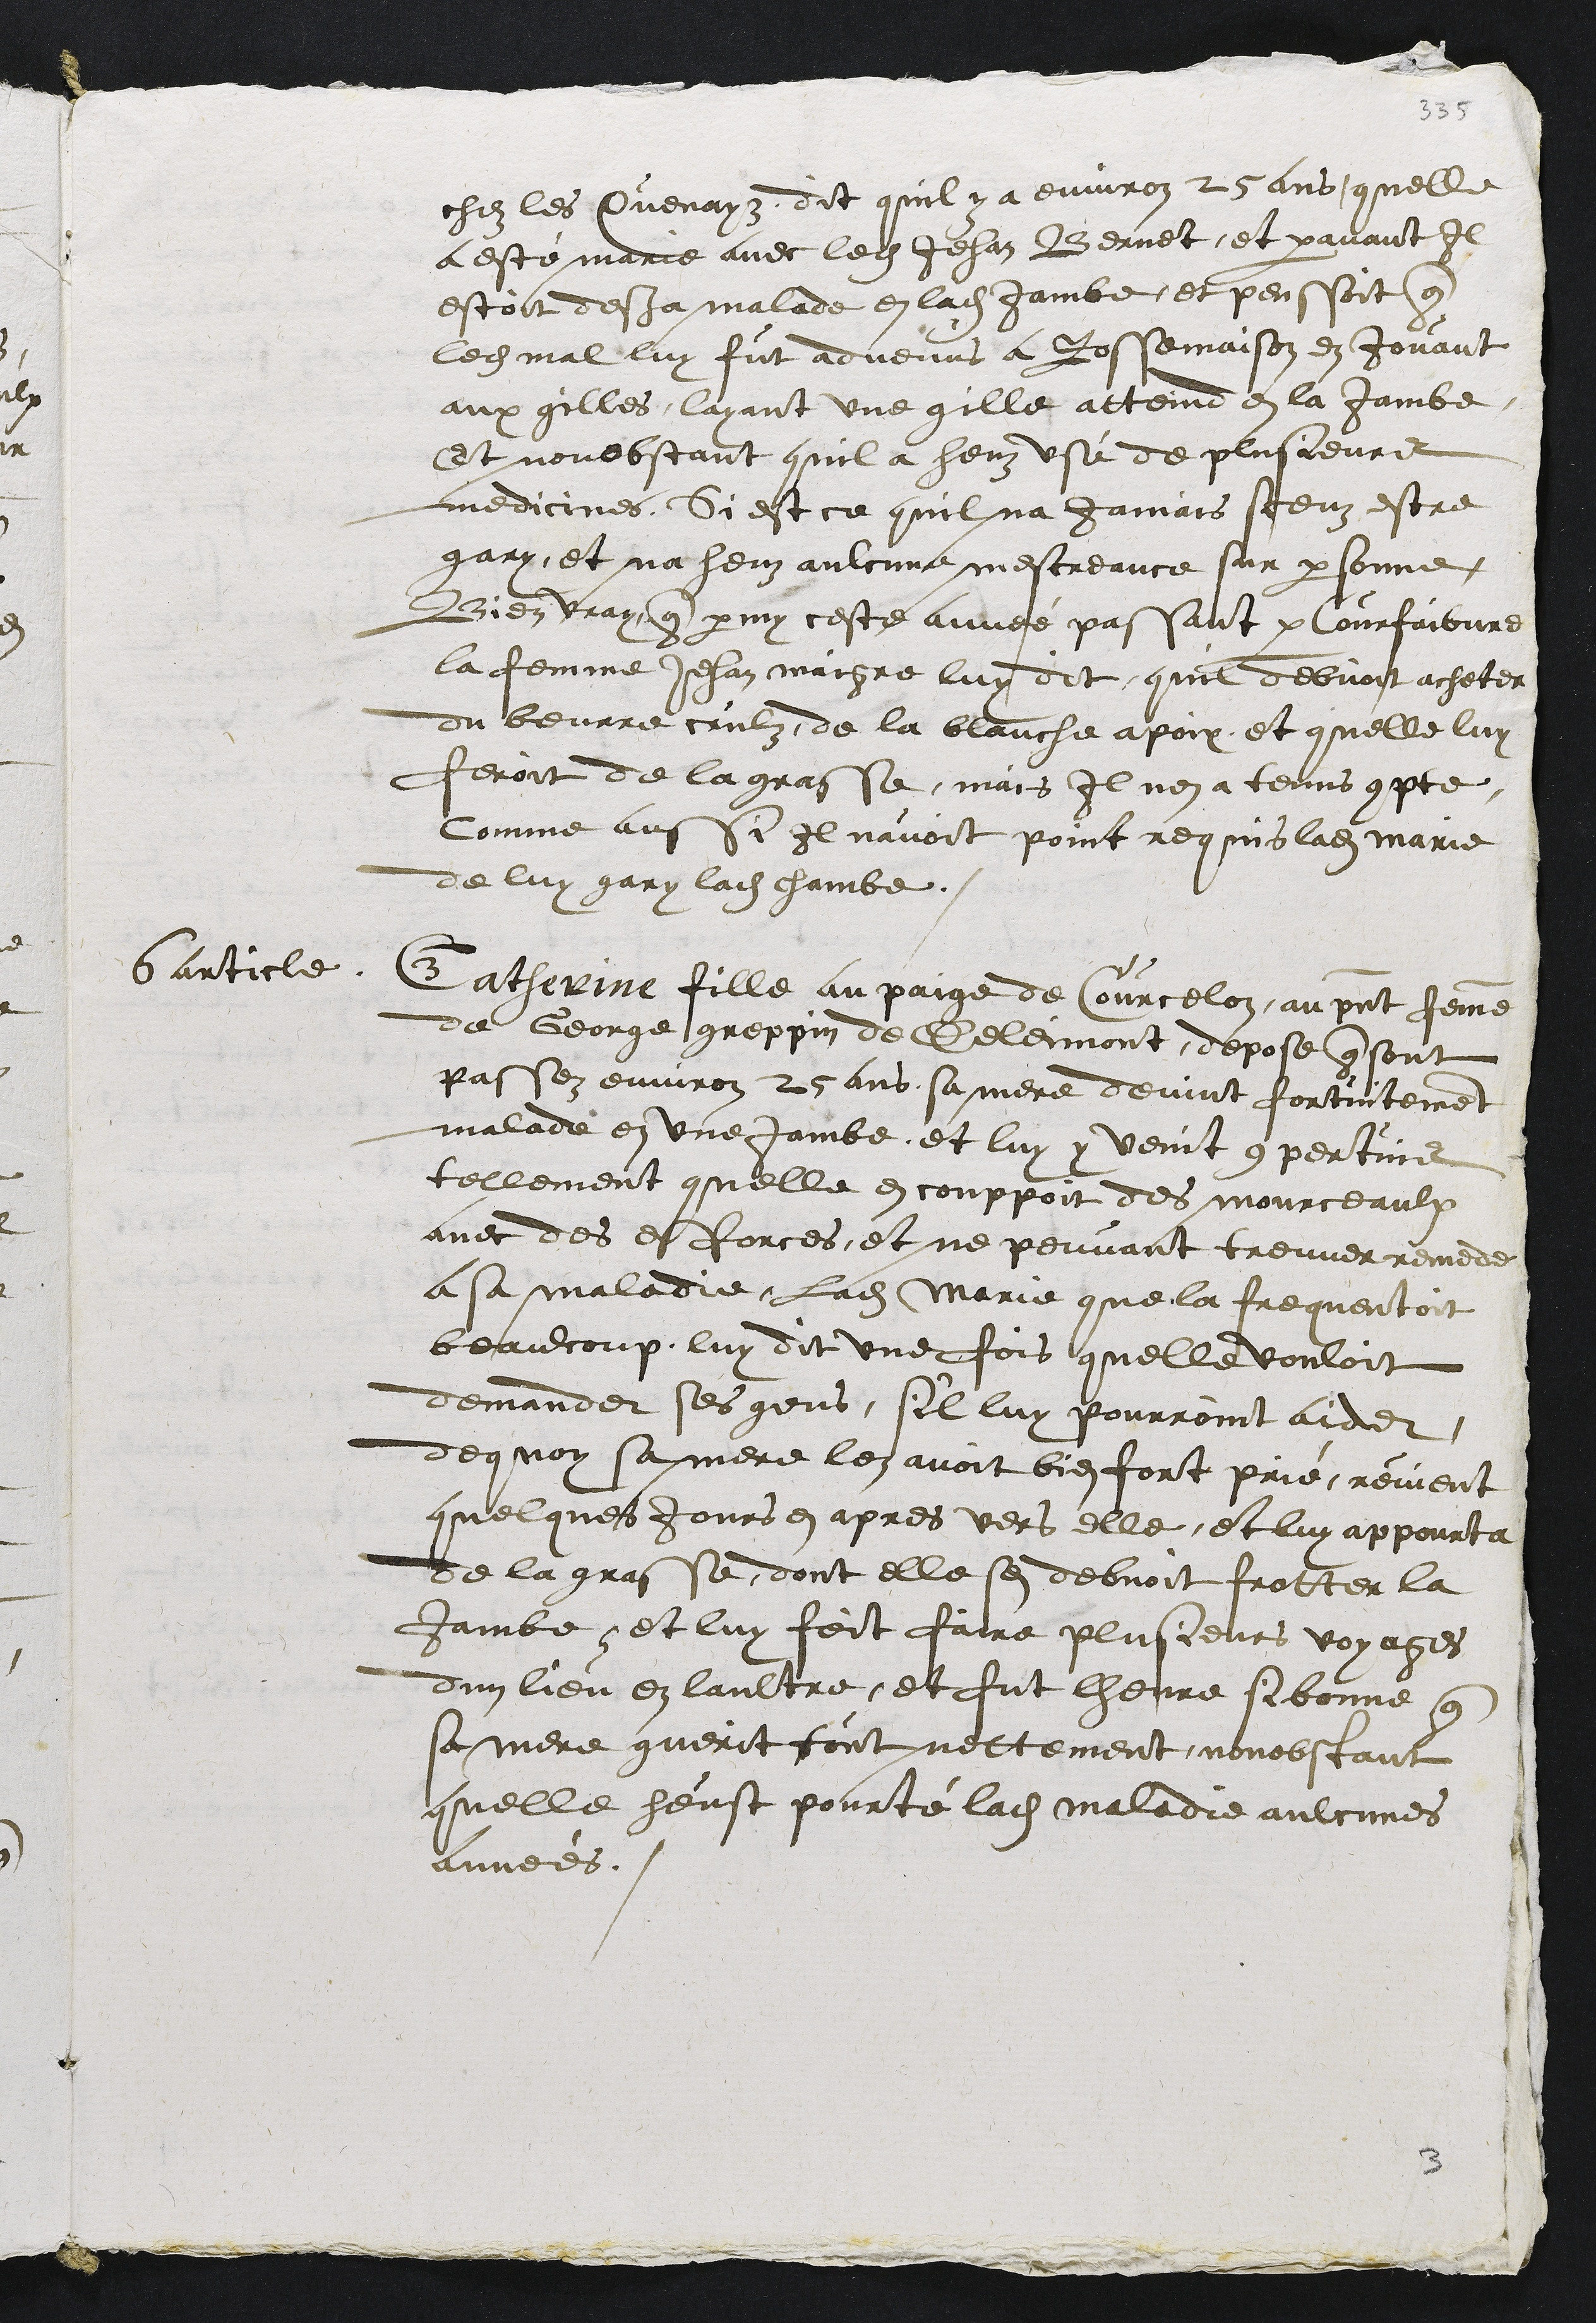
chez les Quenayz dit quil y a environ 25 ans quelle
a esté marie avec ledit Jehan Bernet, et paravant Il
estoit desja malade en ladite jambe, et penssoit que
ledit mal luy fut advenus a Rossemaison en jouant
aux qilles, layant une qille atteind en la jambe,
Et nonobstant quil a heuz usé de plusieurs
medicines, Si est ce quil na Jamais sceuz estre
gary, et na heuz aulcune mescreance sur personne,
Bien vray que parmy ceste année passant par Courfaibvre
la femme Jehan maigre luy dit, quil debvoit acheter
du beurre crulz, de la blanche apoix, et quelle luy
feroit de la grasse, mais il nen a tenus compte,
Comme aussi il navoit point requis ladite Marie
de luy gary ladite chambe.
6 article.
Catherine fille au paige de Courcelon, au present femme
de George greppin de Deleimont, depose que sont
passez environ 25 ans, sa mere devint fortuitement
malade en une jambe et luy y venit 9 pertuis
tellement quelle en couppoit des mourceaulx
avec des esforces, et ne peuvant treuver remede
a sa maladie, Ladite Marie que la frequentoit
beaulcoup, luy dit une fois quelle vouloit
demander ses gens, s'il luy pourroint aider
dequoy sa mere len avoit bien fort prié, revient
quelques jours en apres vers elle, et luy appourta
de la grasse, dont elle sen debvoit frotter la
jambe et luy feit faire plusieurs voyages
dun lieu en laultre, et fut lheure si bonne que
sa mere guerit tout nettement, nonobstant
quelle heust pourté ladite maladie aulcunes
années.

3